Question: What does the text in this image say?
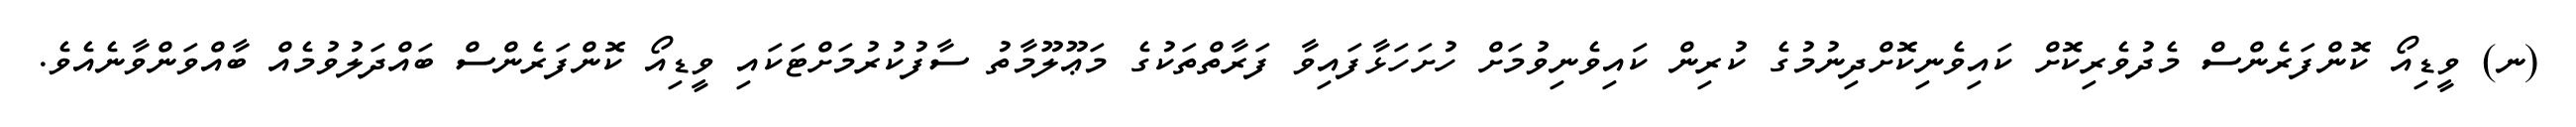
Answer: (ނ) ވީޑިއޯ ކޮންފަރެންސް މެދުވެރިކޮށް ކައިވެނިކޮށްދިނުމުގެ ކުރިން ކައިވެނިވުމަށް ހުށަހަޅާފައިވާ ފަރާތްތަކުގެ މަޢޫލޫމާތު ސާފުކުރުމަށްޓަކައި ވީޑިއޯ ކޮންފަރެންސް ބައްދަލުވުމެއް ބާއްވަންވާނެއެވެ.